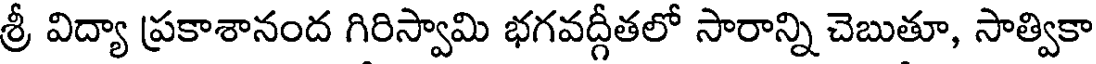
శ్రీ విద్యా ప్రకాశానంద గిరిస్వామి భగవద్గీతలో సారాన్ని చెబుతూ, సాత్వికా